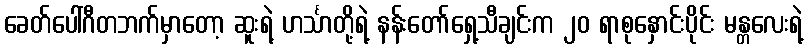
ခေတ်ပေါ်ဂီတဘက်မှာတော့ ဆူးရဲ့ ဟင်္သာတို့ရဲ့ နန်းတော်ရှေ့သီချင်းက ၂၀ ရာစုနှောင်းပိုင်း မန္တလေးရဲ့